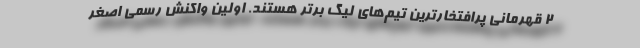
۲ قهرمانی پرافتخارترین تیم‌های لیگ برتر هستند. اولین واکنش رسمی اصغر